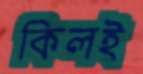
কিলই